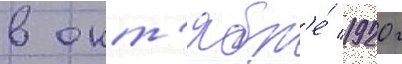
в окт'ябр'е́ 1920 г